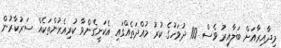
މިދާއިރާއަށް ބަލާއިރު ވެސް 100 ދުވަހުގެ ކުރު މުއްދަތެއްގައި އެކަށީގެންވާ ކުރިއެރުންތަކެއް ސަރުކާރުން